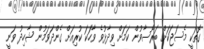
ގޮތަކީ މެސަޖަކަށް ބަރޯސާވުން ކަމަށް ވިދާޅުވެ ވާހަކަ ކުރިއަށް ގެންދަވަމުން ޝާހިދު ވަނީ